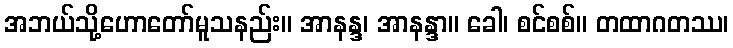
အဘယ်သို့ဟောတော်မူသနည်း။ အာနန္ဒ၊ အာနန္ဒာ။ ခေါ၊ စင်စစ်။ တထာဂတဿ၊